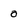
Character: 0